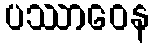
ပဿာဝေန